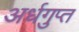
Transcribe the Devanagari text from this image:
अर्धगुप्त